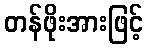
တန်ဖိုးအားဖြင့်